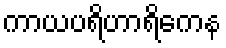
ကာယပရိဟာရိကေန